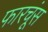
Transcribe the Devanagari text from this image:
फारचूंस